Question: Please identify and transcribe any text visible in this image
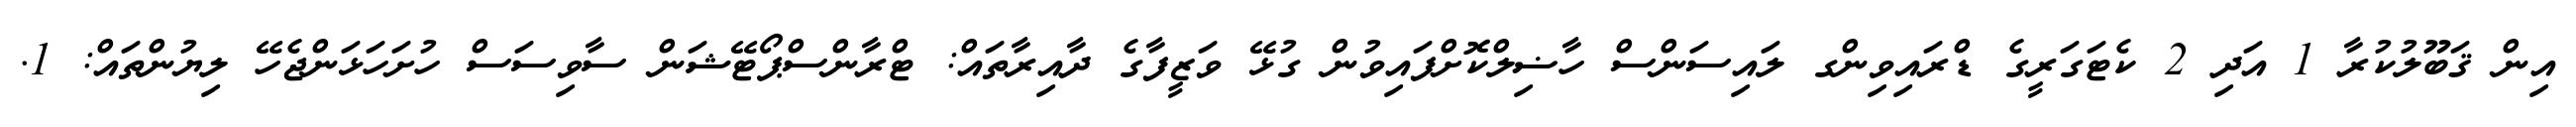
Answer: އިން ޤަބޫލުކުރާ 1 އަދި 2 ކެޓަގަރީގެ ޑްރައިވިންގ ލައިސަންސް ހާޟިލްކޮށްފައިވުން ގުޅޭ ވަޒީފާގެ ދާއިރާތައް: ޓްރާންސްޕޯޓޭޝަން ސާވިސަސް ހުށަހަޅަންޖެހޭ ލިޔުންތައް: 1.